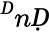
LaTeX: ^ḊnḌ